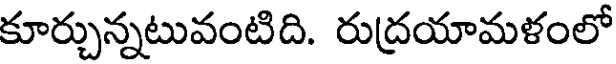
కూర్చున్నటువంటిది. రుద్రయామళంలో